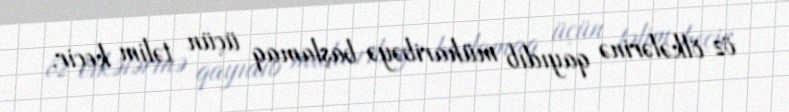
öz ölkələrinə qayıdıb müharibəyə başlamaq üçün təlim keçir.